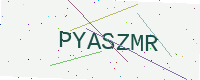
Text: PYASZMR